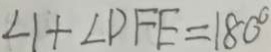
\angle 1 + \angle D F E = 1 8 0 ^ { \circ }